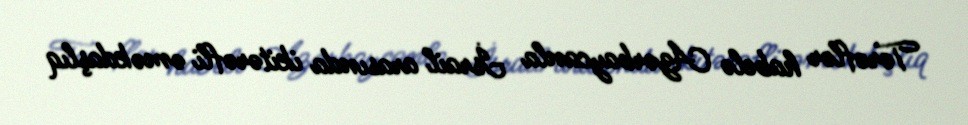
Tərəflər habelə Azərbaycanla İsrail arasında ikitərəfli əməkdaşlıq